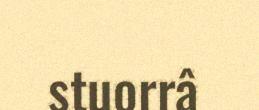
stuorrâ